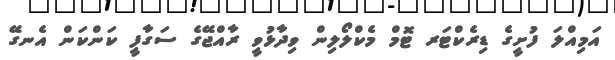
އަމިއްލަ ފުށީގެ ޑިރެކްޓަރ ޓޮމް މެކްލޯލިން ވިދާޅުވީ ރާއްޖޭގެ ސަގާފީ ކަންކަން އެނގޭ